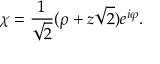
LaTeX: \chi = { \frac { 1 } { \sqrt 2 } } ( \rho + z \sqrt 2 ) e ^ { i \varphi } .